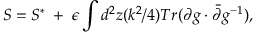
S = S ^ { * } \; + \; \epsilon \int d ^ { 2 } z ( k ^ { 2 } / 4 ) T r ( \partial g \cdot \bar { \partial } g ^ { - 1 } ) ,